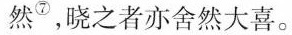
然^{⑦},晓之者亦舍然大喜。